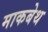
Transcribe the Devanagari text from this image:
माकबेथ